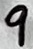
Text: 9